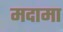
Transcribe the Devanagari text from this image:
मदामा